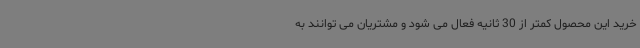
خرید این محصول کمتر از 30 ثانیه فعال می شود و مشتریان می توانند به